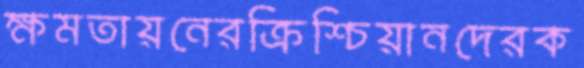
ক্ষমতায়নেরক্রিশ্চিয়ানদেরক